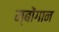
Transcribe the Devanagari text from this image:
म्बोंगान